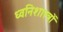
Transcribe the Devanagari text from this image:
ध्वनिशास्त्रों